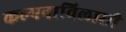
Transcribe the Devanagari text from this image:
कल्पनाविलासी